Civil Veterinary Dept. North-West Frontier Province 1901-22 - 1901-1922
Year: 1901
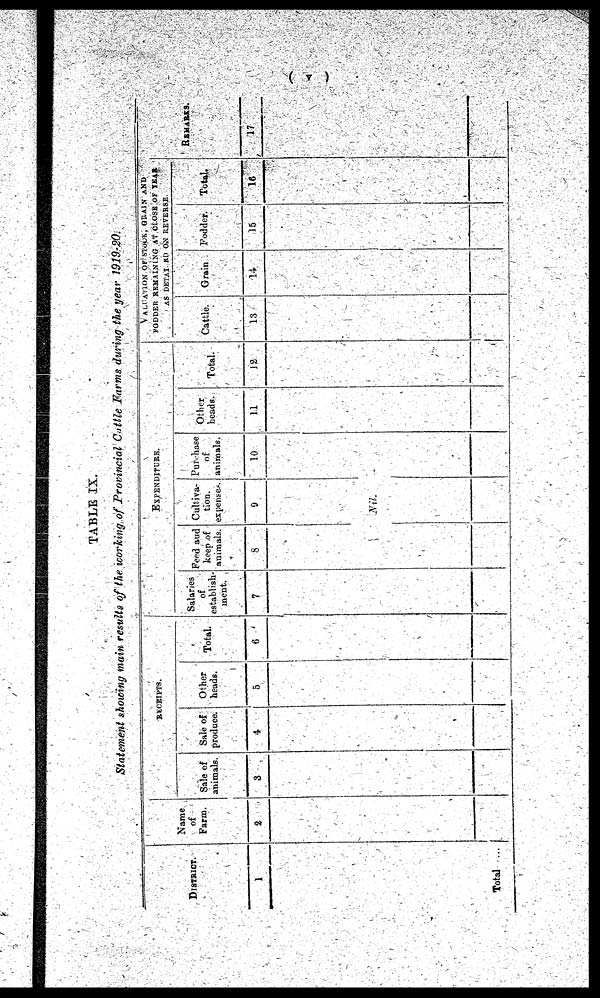
(v)
TABLE IX.
Statement showing main results of the working of Provincial Cattle Farms during the year 1919-20.
DISTRICT.
1
Total ...
Name
of
Farm.
2
RECEIPTS.
Sale of
animals.
3
Sale of
produce.
4
Other
heads.
5
Total.
6
EXPENDITURE.
Salaries
of
establish-
ment.
7
Feed and
keep of
animals.
8
Cultiva-
tion,
expenses.
9
Nil.
Purchase
of
animals.
10
Other
heads.
11
Total.
12
VALUATION
OF STOCK, GRAIN AND
FODDER REMAINING AT CLOSE OF YEAR
AS DETAI. RD ON REVERSE.
Cattle.
13
Grain
14
Fodder.
15
Total.
16
REMARKS.
17